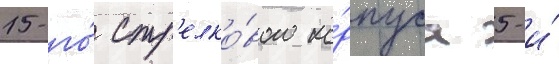
15-го́ стр'елко́вого ко́рпуса 5-и́